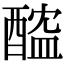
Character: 醓